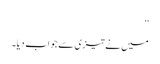
‘‘
میں نے تیزی سے جواب دیا۔